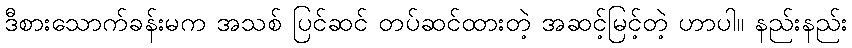
ဒီစားသောက်ခန်းမက အသစ် ပြင်ဆင် တပ်ဆင်ထားတဲ့ အဆင့်မြင့်တဲ့ ဟာပါ။ နည်းနည်း